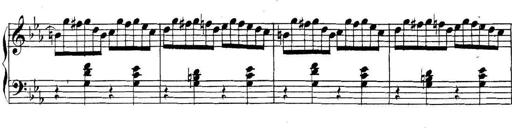
Title: Collected Piano Sonatas
Composer: Muzio Clementi